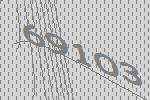
69103